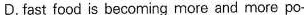
D.fast food is becoming more and more po-